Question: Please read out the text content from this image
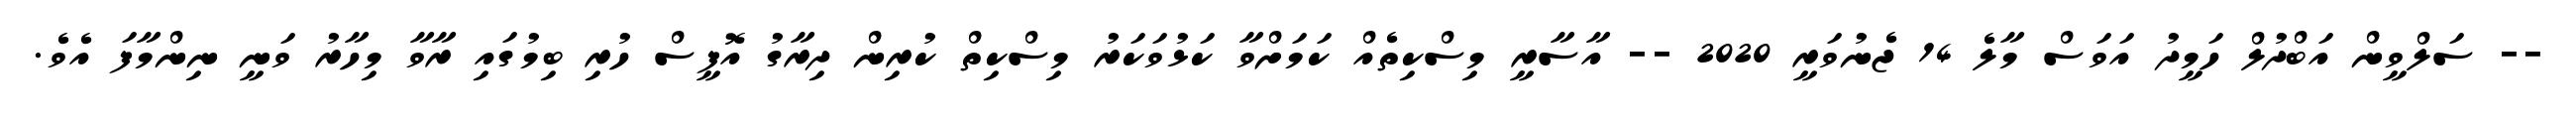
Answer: -- ސަލްވީން އަބްދުލް ހަމީދު އަވަސް މާލެ 14 ޖެނުވަރީ 2020 -- އާސާރީ މިސްކިތެއް ކަމަށްވާ ކަޅުވަކަރު މިސްކިތް ކުރިން ދިރާގު އޮފީސް ހުރި ބިމުގައި ރާވާ މިހާރު ވަނީ ނިންމާފަ އެވެ.